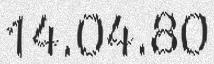
14.04.80